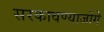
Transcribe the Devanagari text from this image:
सरकावण्याजोगे